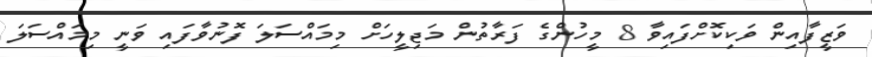
ވަޒީފާއިން ވަކިކޮށްފައިވާ 8 މީހުންގެ ފަރާތުން މަޖިލީހަށް މިމައްސަލަ ފޮނުވާފައި ވަނީ މިމައްސަލަ